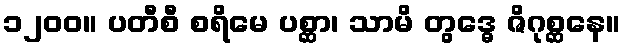
၁၂၀၀။ ပတီစီ စရိမေ ပစ္ဆာ၊ သာမိ တွဒ္ဓေ ဇိဂုစ္ဆနေ။